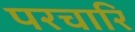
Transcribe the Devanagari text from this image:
परचारि